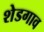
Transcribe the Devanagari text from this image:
शेडगाव